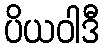
ပိယဝါဒီ